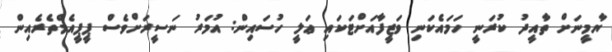
ޔާމީނަށް ތާއީދު ކުރަނީ ހަމައެކަނި ވަޒީފާއަށްޓަކައި ޢަލީ ހުސައިން: އުމަރު ނަސީރަށްވެސް ޕީޕީއެމްތެރެއިން